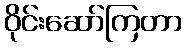
ဝိုင်းဆော်ကြတာ